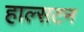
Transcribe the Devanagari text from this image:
हाल्सटन